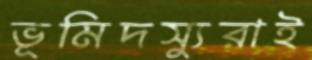
ভূমিদস্যুরাই